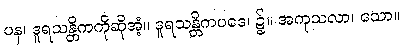
ပန၊ ဒူရသန္တိကကိုဆိုအံ့။ ဒူရသန္တိကပဒေ၊ ၌။ အကုသလာ၊ သော။